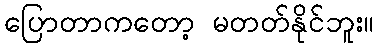
ပြောတာကတော့ မတတ်နိုင်ဘူး။